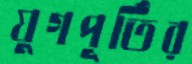
যুগপূর্তির